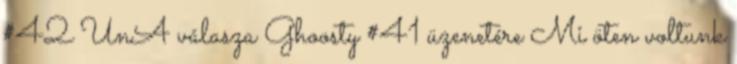
#42 UnA válasza Ghoosty #41 üzenetére Mi öten voltunk